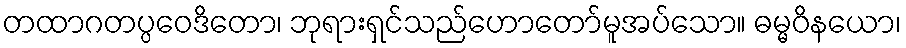
တထာဂတပ္ပဝေဒိတော၊ ဘုရားရှင်သည်ဟောတော်မူအပ်သော။ ဓမ္မဝိနယော၊